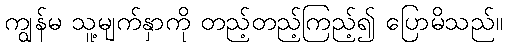
ကျွန်မ သူ့မျက်နှာကို တည့်တည့်ကြည့်၍ ပြောမိသည်။